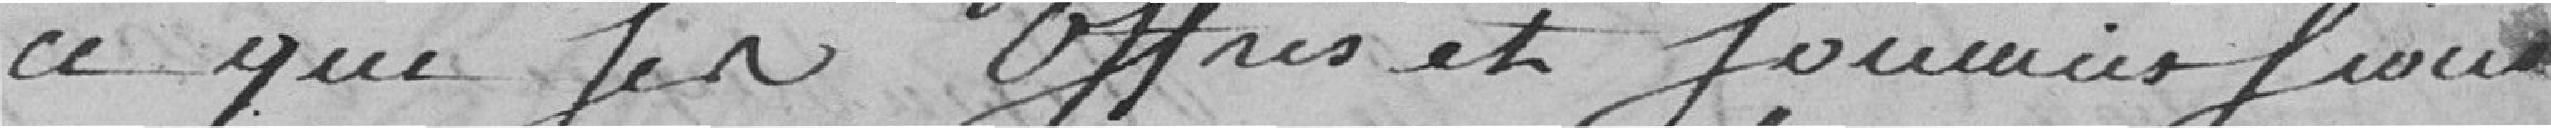
ce que ses offres et sommes  (...)